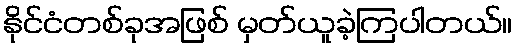
နိုင်ငံတစ်ခုအဖြစ် မှတ်ယူခဲ့ကြပါတယ်။